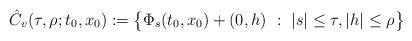
LaTeX: \begin{align*} {\hat C}_{v}(\tau, \rho; t_{0}, x_{0}) := \big\{ \Phi_{s}(t_0, x_0) + (0, h) ~:~ |s| \leq \tau, |h| \leq \rho \big\} \end{align*}